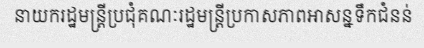
នាយករដ្ឋមន្ត្រីប្រជុំគណៈរដ្ឋមន្ត្រីប្រកាសភាពអាសន្នទឹកជំនន់